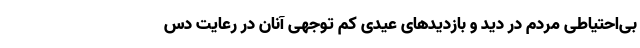
بی‌احتیاطی مردم در دید و بازدیدهای عیدی کم توجهی آنان در رعایت دس